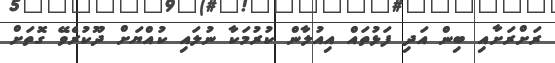
ރަށްރަށާއި ބިން އަދި ފަޅުތައް އިއުލާން ކުރުމަކާ ނުލައި ކުއްޔަށް ދޫކުރެވޭ ގޮތަށް